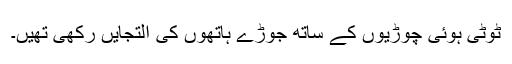
ٹوٹی ہوئی چوڑیوں کے ساتھ جوڑے ہاتھوں کی التجایں رکھی تھیں۔